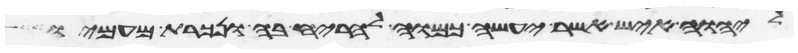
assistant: ליהוה איש אשר יעשה כמוה להריח בה ונכרת מעמיו